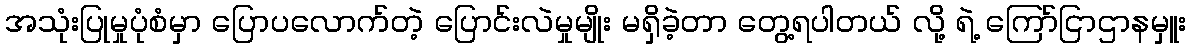
အသုံးပြုမှုပုံစံမှာ ပြောပလောက်တဲ့ ပြောင်းလဲမှုမျိုး မရှိခဲ့တာ တွေ့ရပါတယ် လို့ ရဲ့ ကြော်ငြာဌာနမှူး